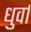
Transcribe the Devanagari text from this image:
धुर्वा